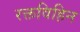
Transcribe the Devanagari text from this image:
रक्तविहिन